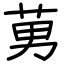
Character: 莮